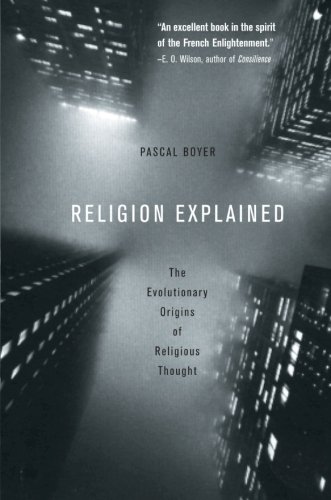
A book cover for Religion Explained: The Evolutionary Origins of Religious Thought; Pascal Boyer; Religion & Spirituality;